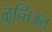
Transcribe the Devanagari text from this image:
ळुन्तिअल